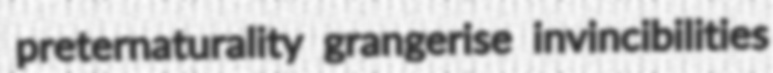
preternaturality grangerise invincibilities